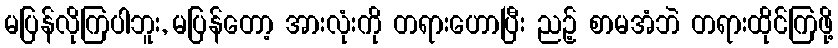
မပြန်လိုကြပါဘူး, မပြန်တော့ အားလုံးကို တရားဟောပြီး ညဉ့် စာမအံဘဲ တရားထိုင်ကြဖို့